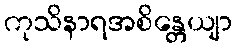
ကုသိနာရအစိန္တေယျာ